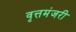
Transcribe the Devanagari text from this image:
वृत्तमंजरी